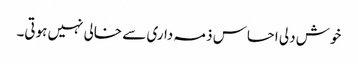
خوش دلی احساس ذمہ داری سے خالی نہیں ہوتی۔